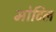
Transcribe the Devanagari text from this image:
मोटिल